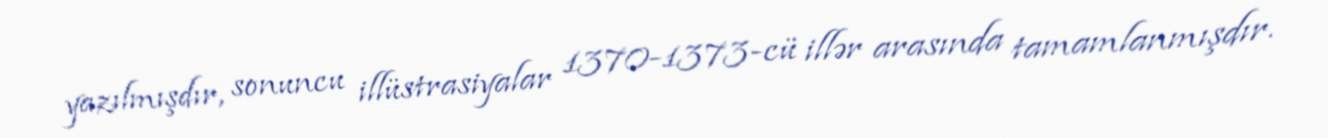
yazılmışdır, sonuncu illüstrasiyalar 1370-1373-cü illər arasında tamamlanmışdır.